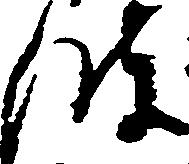
波